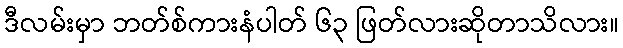
ဒီလမ်းမှာ ဘတ်စ်ကားနံပါတ် ၆၃ ဖြတ်လားဆိုတာသိလား။